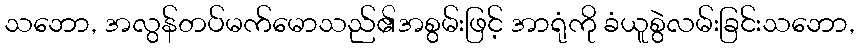
သဘော, အလွန်တပ်မက်မောသည်၏အစွမ်းဖြင့် အာရုံကို ခံယူစွဲလမ်းခြင်းသဘော,